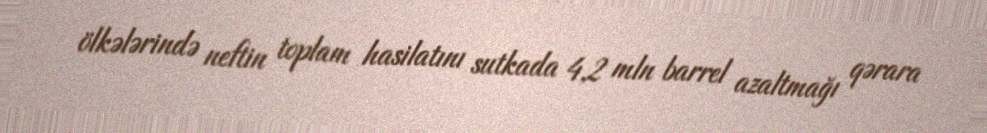
ölkələrində neftin toplam hasilatını sutkada 4,2 mln barrel azaltmağı qərara